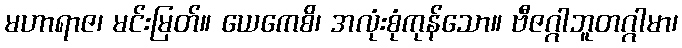
မဟာရာဇ၊ မင်းမြတ်။ ယေကေစိ၊ အလုံးစုံကုန်သော။ ဗီဇဂ္ဂါဘူတဂ္ဂါမာ၊